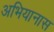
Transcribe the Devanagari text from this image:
अभियानास